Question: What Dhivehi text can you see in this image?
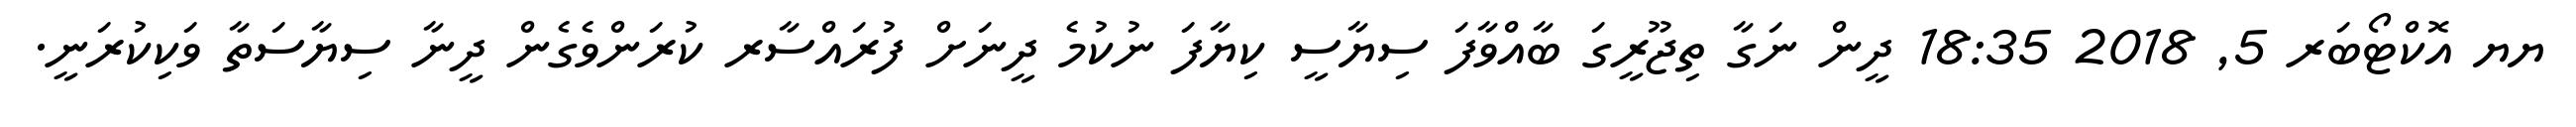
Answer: ޔޔ އޮކްޓޯބަރ 5, 2018 18:35 ދީން ނަގާ ތިޖޫރީގަ ބާއްވާފަ ސިޔާސީ ކިޔާފަ ނުކުމެ ދީނަށް ފުރައްސާރ ކުރަންވެގެން ދީނާ ސިޔާސަތާ ވަކިކުރަނީ.